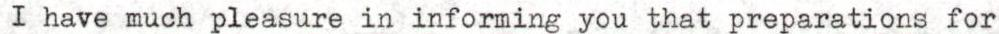
I have much pleasure in informing you that preparations for